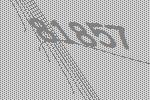
81857